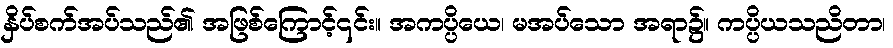
နှိပ်စက်အပ်သည်၏ အဖြစ်ကြောင့်၎င်း။ အကပ္ပိယေ၊ မအပ်သော အရာ၌။ ကပ္ပိယသညိတာ၊